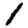
Digit: 1